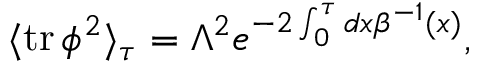
\langle \mathrm { t r } \, \phi ^ { 2 } \rangle _ { \tau } = \Lambda ^ { 2 } e ^ { - 2 \int _ { 0 } ^ { \tau } { d x \beta ^ { - 1 } ( x ) } } ,